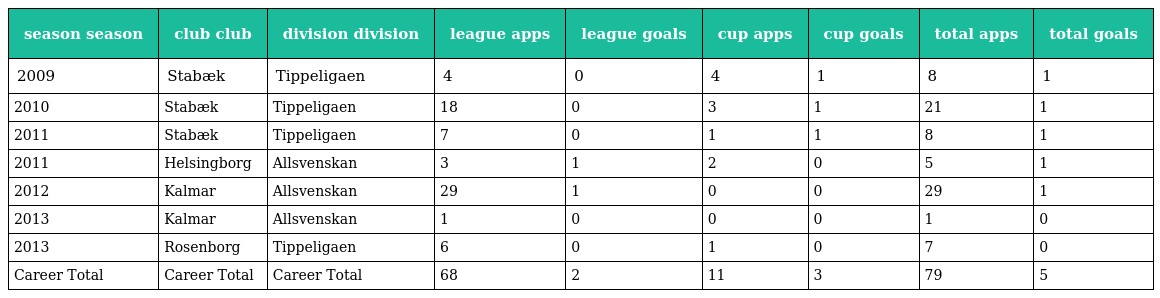
| season season | club club | division division | league apps | league goals | cup apps | cup goals | total apps | total goals |
 | --- | --- | --- | --- | --- | --- | --- | --- | --- |
 | 2009 | Stabæk | Tippeligaen | 4 | 0 | 4 | 1 | 8 | 1 |
 | 2010 | Stabæk | Tippeligaen | 18 | 0 | 3 | 1 | 21 | 1 |
 | 2011 | Stabæk | Tippeligaen | 7 | 0 | 1 | 1 | 8 | 1 |
 | 2011 | Helsingborg | Allsvenskan | 3 | 1 | 2 | 0 | 5 | 1 |
 | 2012 | Kalmar | Allsvenskan | 29 | 1 | 0 | 0 | 29 | 1 |
 | 2013 | Kalmar | Allsvenskan | 1 | 0 | 0 | 0 | 1 | 0 |
 | 2013 | Rosenborg | Tippeligaen | 6 | 0 | 1 | 0 | 7 | 0 |
 | Career Total | Career Total | Career Total | 68 | 2 | 11 | 3 | 79 | 5 |